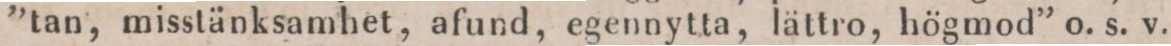
”tan, misstänksamhet, afund, egennytta, lättro, högmod” o. s. v.